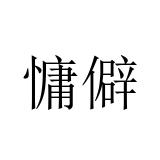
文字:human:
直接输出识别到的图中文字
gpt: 慵僻